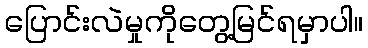
ပြောင်းလဲမှုကိုတွေ့မြင်ရမှာပါ။